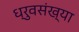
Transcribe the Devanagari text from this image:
ध्रुवसंख्या